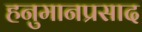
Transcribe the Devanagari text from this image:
हनुमानप्रसाद